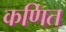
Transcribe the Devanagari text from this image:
कणित